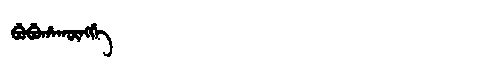
Manchu: ᠪᡠᠪᡠᡥᠠᡴᡡᠩᡤᡝ
Romanization: BUBUHAKŪNGGE